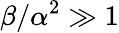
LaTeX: \beta/\alpha^{2}\gg 1